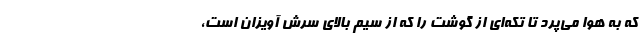
که به هوا می‌پرد تا تکه‌ای از گوشت را که از سیم بالای سرش آویزان است،